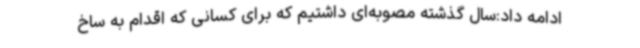
ادامه داد:سال گذشته مصوبه‌ای داشتیم که برای کسانی که اقدام به ساخ